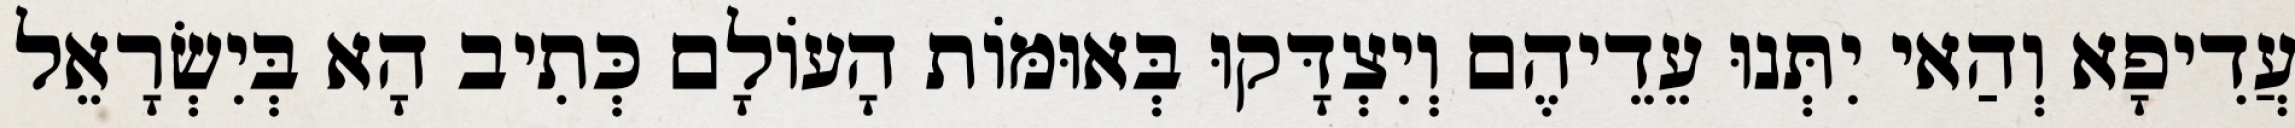
עֲדִיפָא וְהַאי יִתְּנוּ עֵדֵיהֶם וְיִצְדָּקוּ בְּאוּמּוֹת הָעוֹלָם כְּתִיב הָא בְּיִשְׂרָאֵל